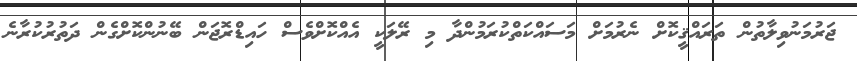
ޖަރުމަނުވިލާތުން ތަރައްޤީކޮށް ނެރުމަށް މަސައްކަތްކުރަމުންދާ މި ރޭލަކީ އެއްކޮށްވެސް ހައިޑްރޮޖަން ބޭނުންކޮށްގެން ދަތުރުކުރާނެ